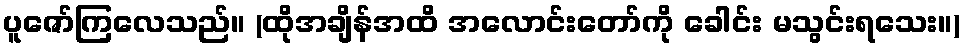
ပူဇော်ကြလေသည်။ (ထိုအချိန်အထိ အလောင်းတော်ကို ခေါင်း မသွင်းရသေး။)